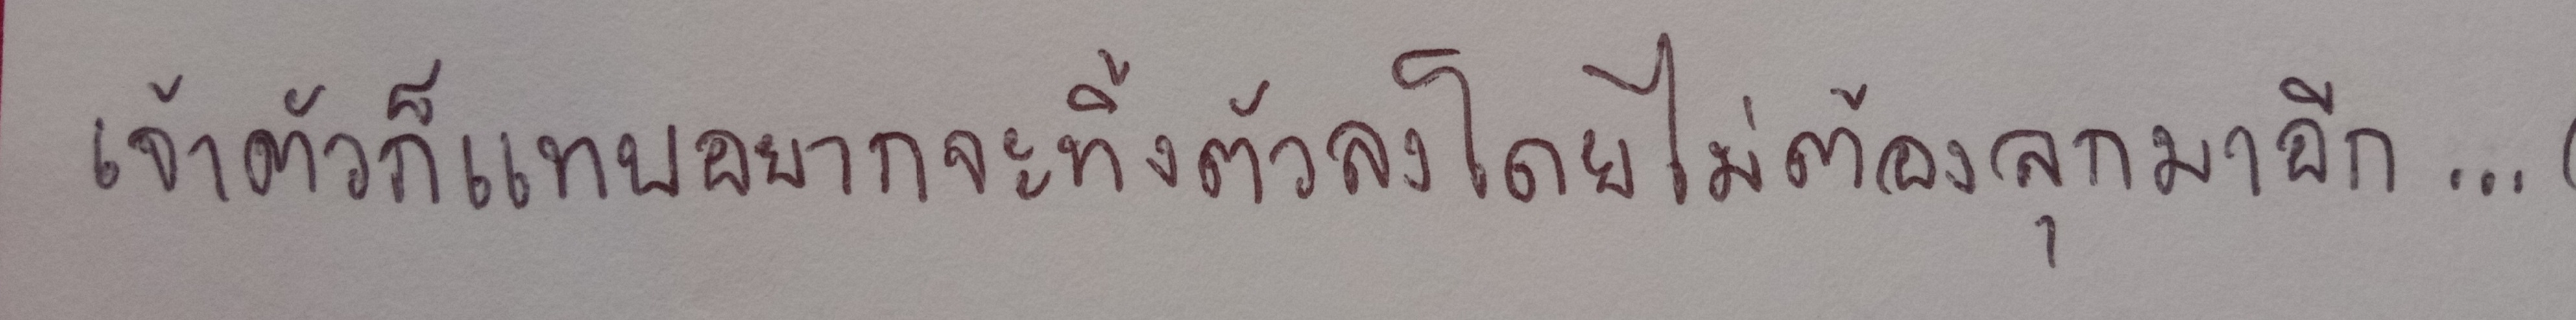
เจ้าตัวก็แทบอยากจะทิ้งตัวลงโดยไม่ต้องลุกมาอีก....